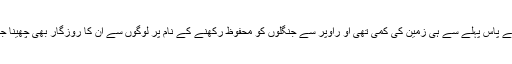
لوگوں کے پاس پہلے سے ہی زمین کی کمی تھی او راوپر سے جنگلوں کو محفوظ رکھنے کے نام پر لوگوں سے ان کا روزگار بھی چھینا جارہا ہے۔